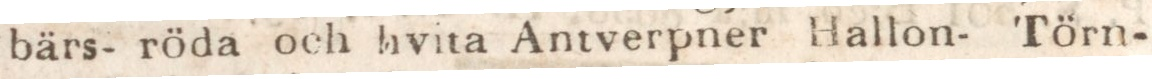
bärs- röda och hvita Antverpner Hallon- Törn-